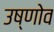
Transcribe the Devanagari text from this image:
उष्णोव